Annual report on the health of the army in India
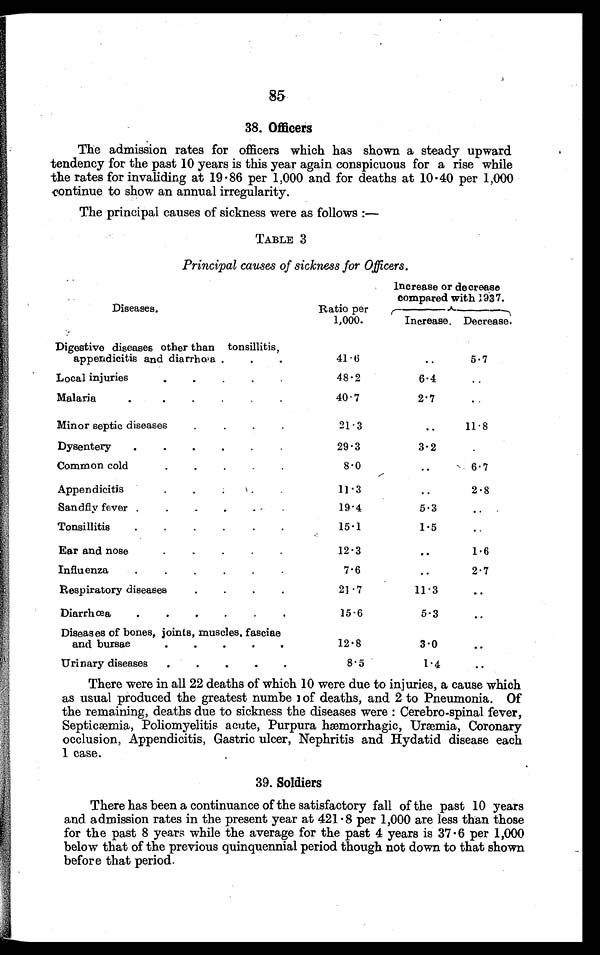
85
38. Officers
The admission rates for officers which has shown a steady upward
tendency for the past 10 years is this year again conspicuous for a rise while
the rates for invaliding at 19 . 86 per 1,000 and for deaths at 10 . 40 per 1,000
continue to show an annual irregularity.
The principal causes of sickness were as follows :—
TABLE 3
Principal causes of sickness for Officers.
increase or decrease
compared with 1937.
Diseases.
Ratio per
1,000.
Increase. Decrease.
Digestive diseases other than tonsillitis,
appendicitis and dia rrhæa
41.6
5.7
Local injuries
48.2
6.4
Malaria
40.7
2 7
Minor septic diseases.
21.3
11.8
Dysentery
29.3
3.2
Common cold
8.0
6.7
Appendicitis
11.3
2.8
San dfly fever
19.4
5.3
Tonsillitis
15.1
1.5
Ear and nose
1 2 . 3
1.6
Influenza
7. 6
2.7
Respiratory diseases
21.7
11.3
Diarrhæa
15.6
5.3
Diseases of bones, joints, muscles, fasciae
and bursae
12.8
3.0
Urinary diseases
8.5
1.4
There were in all 22 deaths of which 10 were due to injuries, a cause which
as usual produced the greatest number of deaths, and 2 to Pneumonia. Of
the remaining, deaths due to sickness the diseases were : Cerebro-spinal fever,
Septicæmia, Poliomyelitis acute, Purpura hæmorrhagic, Uræmia, Coronary
occlusion, Appendicitis, Gastric ulcer, Nephritis and Hydatid disease each
1 case.
39. Soldiers
There has been a continuance of the satisfactory fall of the past 10 years
and admission rates in the present year at 421 . 8 per 1,000 are less than those
for the past 8 years while the average for the past 4 years is 37.6 per 1,000
below that of the previous quinquennial period though not down to that shown
before that period.